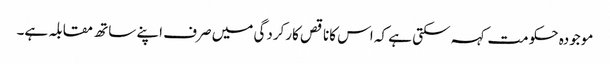
موجودہ حکومت کہہ سکتی ہے کہ اس کاناقص کارکردگی میں صرف اپنے ساتھ مقابلہ ہے۔